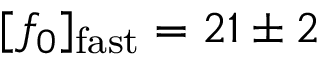
[ f _ { 0 } ] _ { \mathrm { f a s t } } = 2 1 \pm 2